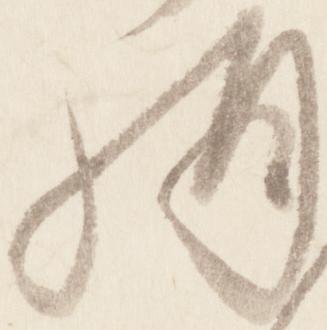
構